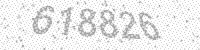
Solution: 618826